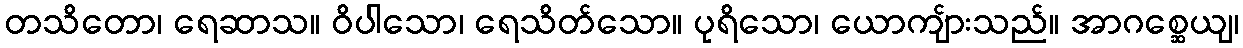
တသိတော၊ ရေဆာသ။ ဝိပါသော၊ ရေသိတ်သော။ ပုရိသော၊ ယောကျ်ားသည်။ အာဂစ္ဆေယျ၊